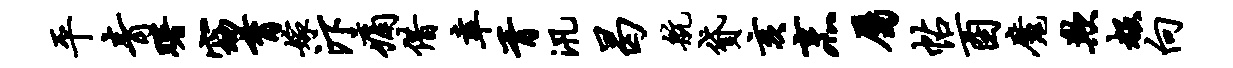
平青曙窈育嫁汴痛借幸胥汛曷航贷亥烹属帖酉魔欺赧向